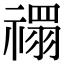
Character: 禤